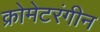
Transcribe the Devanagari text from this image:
क्रोमेटरंगीन